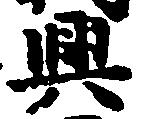
興